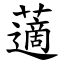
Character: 藡